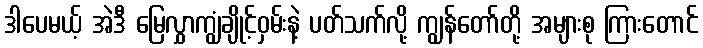
ဒါပေမယ့် အဲဒီ မြေလွှာကျွံချိုင့်ဝှမ်းနဲ့ ပတ်သက်လို့ ကျွန်တော်တို့ အများစု ကြားတောင်